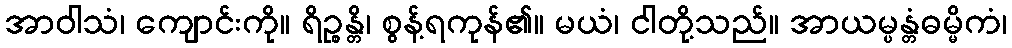
အာဝါသံ၊ ကျောင်းကို။ ရိဉ္စန္တိ၊ စွန့်ရကုန်၏။ မယံ၊ ငါတို့သည်။ အာယမ္ပန္တံဓမ္မိကံ၊